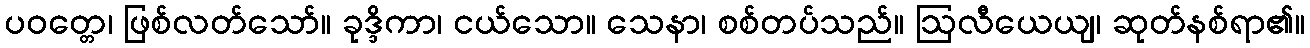
ပဝတ္တေ၊ ဖြစ်လတ်သော်။ ခုဒ္ဒိကာ၊ ငယ်သော။ သေနာ၊ စစ်တပ်သည်။ ဩလီယေယျ၊ ဆုတ်နစ်ရာ၏။